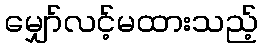
မျှော်လင့်မထားသည့်